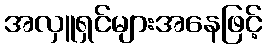
အလှူရှင်များအနေဖြင့်